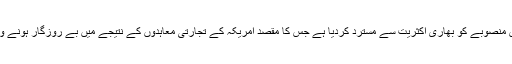
ایوانِ نمائندگان نے اوباما انتظامیہ کے اس منصوبے کو بھاری اکثریت سے مسترد کردیا ہے جس کا مقصد امریکہ کے تجارتی معاہدوں کے نتیجے میں بے روزگار ہونے والے امریکیوں کو مالی مدد فراہم کرنا تھا۔